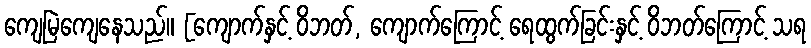
ကျေမြဲကျေနေသည်။ [ကျောက်နှင့် ဝိဘတ်, ကျောက်ကြောင့် ရေထွက်ခြင်းနှင့် ဝိဘတ်ကြောင့် သရ